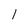
Character: 1